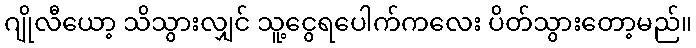
ဂျိုလီယော့ သိသွားလျှင် သူ့ငွေရပေါက်ကလေး ပိတ်သွားတော့မည်။